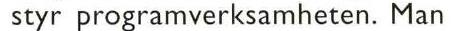
 styr programverksamheten. Man